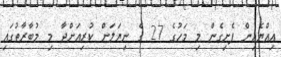
އިއްޔެއިން ފެށިގެން މި މަހުގެ 27 ގެ ނިޔަލަށް ކުރިއަށްދާ މި މުބާރާތުގައި